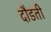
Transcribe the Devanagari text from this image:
दौडती